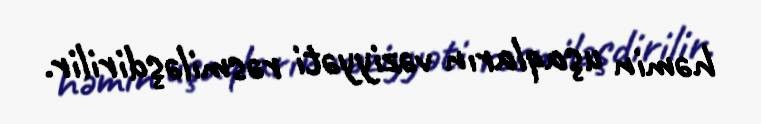
həmin uşaqların vəziyyəti rəsmiləşdirilir.